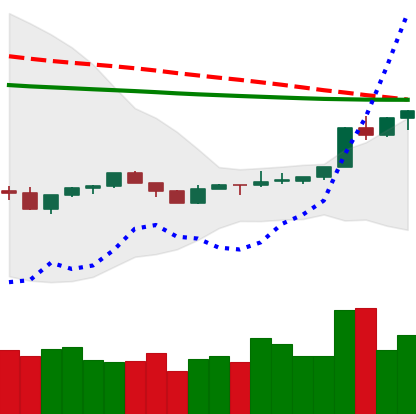
Ticker: XLM-USD
Chart end date: 2020-04-09
Forward return: -7.348%
Label: down_7plus